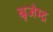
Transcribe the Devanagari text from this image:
बृजेम्द्र